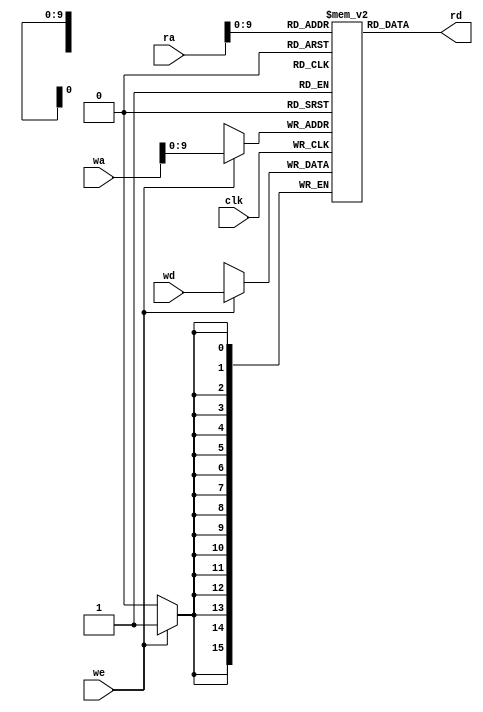
module block_ram (
    input              clk,
    input       [15:0]  ra,
    output reg  [15:0] rd,
		  
    input       [15:0]  wa,
    input       [15:0] wd,
    input              we);
    
    reg [15:0] ram [1023:0];

    always @(*) begin
        rd = ram[ra];
    end
   
    always @(posedge clk) begin
        if (we) ram[wa] <= wd;
    end

endmodule